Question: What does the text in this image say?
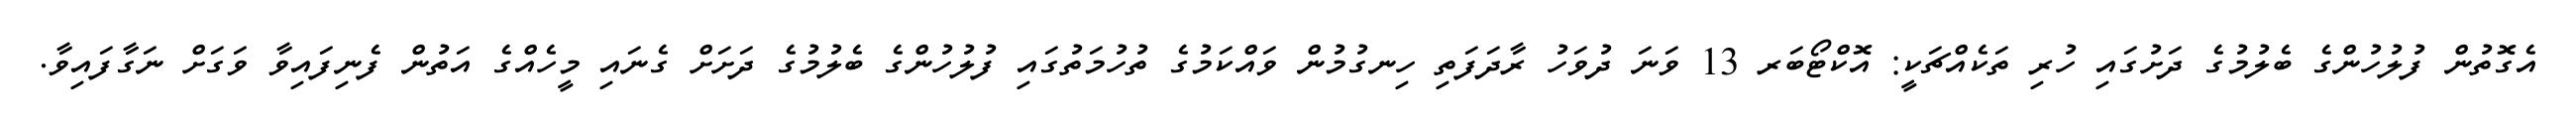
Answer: އެގޮތުން ފުލުހުންގެ ބެލުމުގެ ދަށުގައި ހުރި ތަކެއްޗަކީ: އޮކްޓޯބަރ 13 ވަނަ ދުވަހު ރާދަފަތި ހިނގުމުން ވައްކަމުގެ ތުހުމަތުގައި ފުލުހުންގެ ބެލުމުގެ ދަށަށް ގެނައި މީހެއްގެ އަތުން ފެނިފައިވާ ވަގަށް ނަގާފައިވާ.